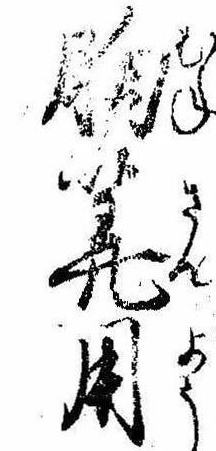
胸算用